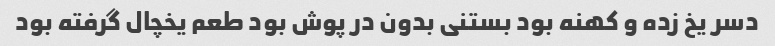
دسر یخ زده و کهنه بود بستنی بدون در پوش بود طعم یخچال گرفته بود